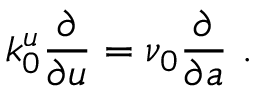
k _ { 0 } ^ { u } \frac { \partial } { \partial u } = \nu _ { 0 } \frac { \partial } { \partial a } \ .